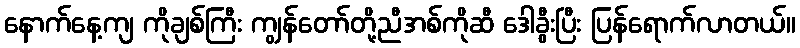
နောက်နေ့ကျ ကိုချစ်ကြီး ကျွန်တော်တို့ညီအစ်ကိုဆီ ဒေါခွီးပြီး ပြန်ရောက်လာတယ်။